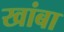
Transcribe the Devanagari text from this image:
खांबा